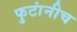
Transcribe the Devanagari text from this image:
फुटांनीच